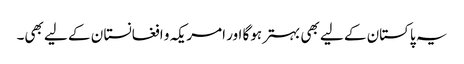
یہ پاکستان کے لیے بھی بہترہوگا اور امریکہ و افغانستا ن کے لیے بھی۔